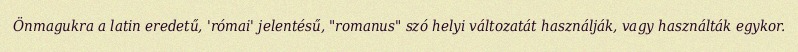
Önmagukra a latin eredetű, 'római' jelentésű, "romanus" szó helyi változatát használják, vagy használták egykor.